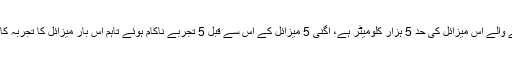
اطلاعات کے مطابق زمین سے زمین پر ہدف کو نشانہ بنانے والے اس میزائل کی حد 5 ہزار کلومیٹر ہے، اگنی 5 میزائل کے اس سے قبل 5 تجربے ناکام ہوئے تاہم اس بار میزائل کا تجربہ کامیاب رہا ہے اور اس نے مطلوبہ سفر کامیابی سے طے کیا۔